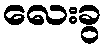
လေးခွ